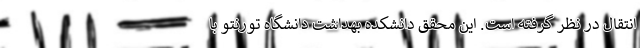
انتقال در نظر گرفته است. این محقق دانشکده بهداشت دانشگاه تورنتو با